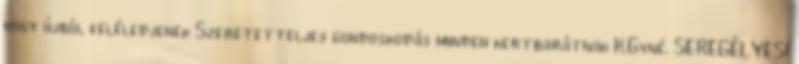
hogy újból feléledjenek Szeretetteljes gondoskodás minden kertbarátnak K.Gyné. SEREGÉLYESI